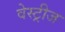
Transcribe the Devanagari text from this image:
वेस्ट्रीज